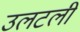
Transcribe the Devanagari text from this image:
उलटली